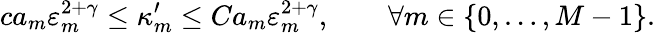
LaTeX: ca_{m}\varepsilon_{m}^{2+\gamma}\leq\kappa_{m}^{\prime}\leq Ca_{m}\varepsilon_{m}^{2+\gamma},\qquad\forall m\in\{ 0,\ldots,M-1\} .